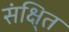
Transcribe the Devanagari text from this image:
संक्षि्त